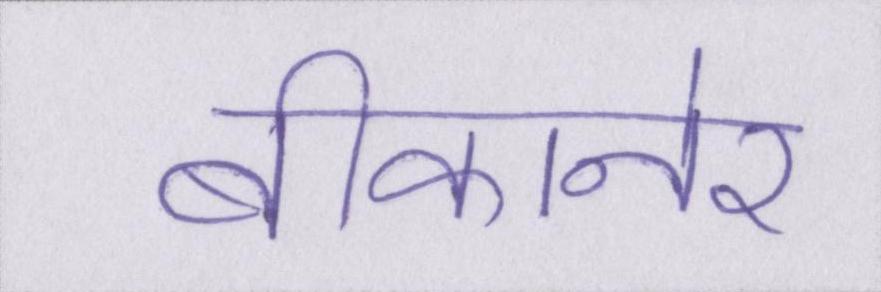
बीकानेर